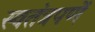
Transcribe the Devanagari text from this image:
स्वतंत्रपणें